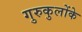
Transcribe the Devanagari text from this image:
गुरुकुलोंके